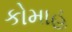
કોમાહ